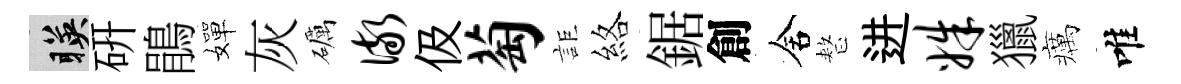
暎硏鵑嬋灰礪儆伋萄詎絡鋸創舍整进姝獵癘唯